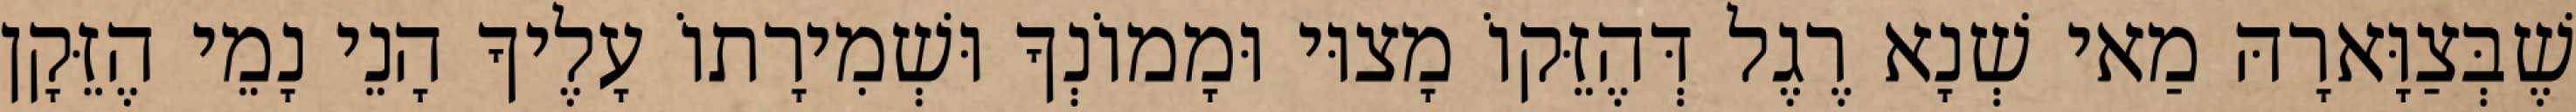
שֶׁבְּצַוָּארָהּ מַאי שְׁנָא רֶגֶל דְּהֶזֵּקוֹ מָצוּי וּמָמוֹנְךָ וּשְׁמִירָתוֹ עָלֶיךָ הָנֵי נָמֵי הֶזֵּקָן